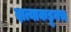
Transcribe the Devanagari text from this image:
दात्याकडूनच